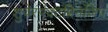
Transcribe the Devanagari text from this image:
शुवेरपंक्टप्रिनजिप